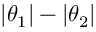
| \theta _ { 1 } | - | \theta _ { 2 } |